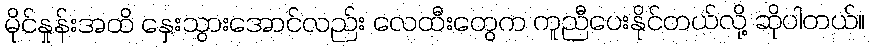
မိုင်နှုန်းအထိ နှေးသွားအောင်လည်း လေထီးတွေက ကူညီပေးနိုင်တယ်လို့ ဆိုပါတယ်။